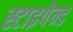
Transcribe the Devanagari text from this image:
स्टाइपेन्ड